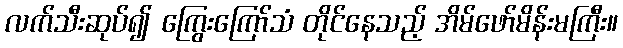
လက်သီးဆုပ်၍ ကြွေးကြော်သံ တိုင်နေသည့် အိမ်ဖော်မိန်းမကြီး။